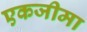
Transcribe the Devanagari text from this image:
एकजीमा